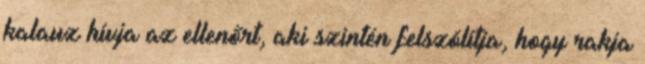
kalauz hívja az ellenőrt, aki szintén felszólítja, hogy rakja